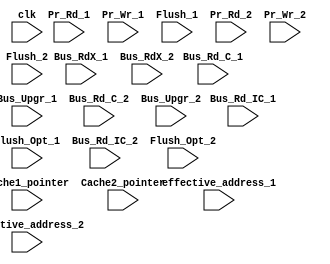
//Here, 2 cores have been considered and hence 2 L1 Caches have defined
module MESI(clk,Pr_Rd_1,Bus_Rd_C_1,Bus_Rd_IC_1,Pr_Wr_1,Bus_RdX_1,Bus_Upgr_1,Flush_1,Flush_Opt_1,Cache1_pointer,Cache2_pointer,effective_address_1,Pr_Rd_2,Bus_Rd_C_2,Bus_Rd_IC_2,Pr_Wr_2,Bus_RdX_2,Bus_Upgr_2,Flush_2,Flush_Opt_2,effective_address_2);   

input clk;  //Clock signal

//Control Signals
input Pr_Rd_1;    //When processor wants to read data
input Bus_Rd_C_1;  //When one Cache wants to read data from another cache
input Bus_Rd_IC_1;  //When processor reads a data that is exclusive to itself--- "E" state
input Pr_Wr_1;    //processor wants to write something onto its' Cache
input Bus_RdX_1;  //When there's a write miss and processor has to fetch the cache address first before writing onto it
input Bus_Upgr_1;  //used to make the other Caches containing the same address "Invalid" while data is being written down by one processor onto its Cache
input Flush_1;     //used to perform Write-Back to the main memory
input Flush_Opt_1;     //I believe Flush and Flush_Opt are the same
input [31:0] effective_address_1; //Effective Address that has been calculated by the Processor 

input Pr_Rd_2;    //When processor wants to read data
input Bus_Rd_C_2;  //When one Cache wants to read data from aother cache
input Bus_Rd_IC_2;  //When processor reads a data that is exclusive to itself--- "E" state
input Pr_Wr_2;    //processor wants to write something onto its' Cache
input Bus_RdX_2;  //When there's a write miss and processor has to fetch the cache address first before writing onto it
input Bus_Upgr_2;  //used to make the other Caches containing the same address "Invalid" while data is being written down by one processor onto its Cache
input Flush_2;     //used to perform Write-Back to the main memory
input Flush_Opt_2;     //I believe Flush and Flush_Opt are the same
input [31:0] effective_address_2; //Effective Address that has been calculated by the Processor 

input [1:0] Cache1_pointer;          //to point to the row of Cache that will be opearted upon
input [1:0] Cache2_pointer;          //to keep count as to how many rows are filled

//Memory resources
reg [31:0] Memory_data [1:32];     //Data stored in Main Memory

reg [31:0] Cache1_data [0:3];      //Data stored in Cache of Processor 1
reg [31:0] Cache1_addr [0:3];      //Address stored in Cache of Processor 1
reg [1:0] Cache1_state [0:3];      //State of the Cache (for a particular address) of Processor 1

reg [31:0] Cache2_data [0:3];      //Data stored in Cache of Processor 2
reg [31:0] Cache2_addr [0:3];      //Address stored in Cache of Processor 2
reg [1:0] Cache2_state [0:3];      //State of the Cache (for a particular address) of Processor 2


//Pipelined Registers for LOAD/STORE Opeartions
reg [31:0] LD1_data;       //Data from Main Memory or Cache is loaded onto this pipelined register (when processor 1 is active) from which it's written back 
reg [31:0] ST1_data;       //Data from this pipelined register (when processor 1 is active) is stored in the Cache with the same efective address 
reg [31:0] LD2_data;       //Data from Main Memory or Cache is loaded onto this pipelined register (when processor 2 is active) from which it's written back 
reg [31:0] ST2_data;       //Data from this pipelined register (when processor 2 is active) is stored in the Cache with the same effective address 


initial 
begin
    Cache1_state[0]=2'b00; Cache1_state[1]=2'b00;  Cache1_state[2]=2'b00;  Cache1_state[3]=2'b00;  
    Cache2_state[0]=2'b00; Cache2_state[1]=2'b00;  Cache2_state[2]=2'b00;  Cache2_state[3]=2'b00; 
    //Pr_Rd=0; Bus_Rd_C=0; Bus_Rd_IC=0; Pr_Wr=0; Bus_RdX=0; Bus_Upgr=0; Flush=0; Flush_Opt=0; 
    ST1_data=15; ST2_data=10;
    //Cache1_pointer=0; Cache2_pointer=0;  
    //effective_address=5;
    Memory_data[5]=8;
end

 //Assuming Processor 1 is the working processor and Processor 2 is the non-working processor
 //***Also, indeces of Cache1_data, Cache1_addr, etc. ate left blank because the address or index will be 
 //***obtained from the Tomasulo when we integrate it with this MESI protocol

always@(posedge clk)
begin
   case(Cache1_state[Cache1_pointer])                       //State Machine for current working processor (assuming working processor is Processor 1)
       2'b00: begin                           //Cache is in the "I" state
                 if(Pr_Rd_1==1 && Bus_Rd_IC_1==1) //If effective address is not found in the Caches of both the processors, then it must be in Memory
                    begin
                       Cache1_data[Cache1_pointer]=Memory_data[effective_address_1];  //Fetch data from Memory and store it in the Cache of working processor
                       Cache1_addr[Cache1_pointer]=effective_address_1;  //Fetch address from Memory and store it in the Cache of working processor
                       LD1_data=Memory_data[effective_address_1];       //Fetch data from Memory and send it to the working processor
                       Cache1_state[Cache1_pointer]=2'b01;         //Change state from "I" to "E"
                    end   
                 else if(Pr_Rd_1==1 && Bus_Rd_C_1==1)    //If effective address is found in the Cache of the other processor and is not in "I" state
                    begin
                       LD1_data=Cache2_data[Cache2_pointer];       //Fetch data from that cache to the current working processor
                       Cache1_data[Cache1_pointer]= Cache2_data[Cache2_pointer]; //Fetch data from that Cache to the Cache of the current working processor
                       Cache1_addr[Cache1_pointer]= effective_address_1;  //Fetch address from that Cache to the Cache of the current working processor
                       Cache1_state[Cache1_pointer]=2'b10;         //Change state from "I" to "S
                    end 
                 else if(Pr_Wr_1==1 && Bus_RdX_1==1)     //If processor wants to write into the Cache but there's a Cache miss
                    begin
                       Cache1_data[Cache1_pointer]=ST1_data;       //Store data into Cache
                       Cache1_addr[Cache1_pointer]=effective_address_1;  //Store effective address into the Cache
                       Cache1_state[Cache1_pointer]=2'b11;              //Change state from "I" to "M"
                    end      
              end 
       2'b01: begin                                //Cache is in state "E"
                 if(Pr_Rd_1==1)             //If the current working processor just wants to read the data that is already present in its Cache 
                    begin
                       LD1_data=Cache1_data[Cache1_pointer];  //Fetch the required data from Cache
                       Cache1_state[Cache1_pointer]=2'b01;    //Cache remains in the same "E" state
                    end
                 else if(Pr_Wr_1==1)             //If the current working processor wants to write something onto its' Cache 
                    begin
                       Cache1_data[Cache1_pointer]=ST1_data;  //Store data from processor onto the Cache
                       Cache1_state[Cache1_pointer]=2'b11;    //Change state from "E" to "M"
                    end
              end 
       2'b10: begin                           //Cache is in state "S"
                 if(Pr_Rd_1==1)           //If the current working processor just wants to read the data that is already present in its Cache 
                    begin
                       LD1_data=Cache1_data[Cache1_pointer];  //Fetch the required data from Cache
                       Cache1_state[Cache1_pointer]=2'b10;    //Cache remains in the same "S" state
                    end 
                 else if(Pr_Wr_1==1 && Bus_Upgr_1==1)  //If the current working processor wants to write something onto its' Cache
                    begin
                       Cache1_data[Cache1_pointer]=ST1_data;   //Store data from processor onto the Cache
                       Cache1_state[Cache1_pointer]=2'b11;     //Change state from "S" to "M"
                    end   
              end  
       2'b11: begin                       //Cache is in state "M"
                 if(Pr_Rd_1==1)             //If the current working processor just wants to read the data that has just been written onto its' Cache
                    begin
                       LD1_data=Cache1_data[Cache1_pointer];    //Fetch the required data from Cache
                       Cache1_state[Cache1_pointer]=2'b11;      //Cache remains in the same "M" state
                    end
                 else if(Pr_Wr_1==1)         //If the current working processor wants to write something onto its' Cache
                    begin
                       Cache1_data[Cache1_pointer]=ST1_data;    //Store data from processor onto the Cache
                       Cache1_state[Cache1_pointer]=2'b11;       //Cache remains in the same "M" state
                    end   
              end                  
   endcase

   case(Cache2_state[Cache2_pointer])           //State Machine for the other Processor
       2'b00: begin               //Cache of the other processor is in the "I" state
                 if(Bus_Rd_IC_1==1)     //If the effective address is not found in both the Caches and data has to be fetched from Memory
                   Cache2_state[Cache2_pointer]=2'b00;  //Cache remains in same "I" state
                 else if(Bus_RdX_1==1)   //If there's a Write miss for working processor
                   Cache2_state[Cache2_pointer]=2'b00;  //Cache remains in same "I" state
                 else if(Bus_Upgr_1==1)   //If there's something being written by the working processor
                   Cache2_state[Cache2_pointer]=2'b00;   //Cache remains in the same "I" state 
              end
       2'b01: begin              //Cache of the other processor is in the "E"
                 if(Bus_RdX_1==1 && Flush_Opt_1==1)  //If there's a write miss for the current working processor, data of the other processor has
                    begin                       // to be written back to the Main Memory before the working processor writes new data onto its' Cache
                       Memory_data[effective_address_1]=Cache2_data[Cache2_pointer];  //Data present in the other processor's cache is being written back
                       Cache2_state[Cache2_pointer]=2'b00;          //And state changes from "E" to "I" as working processor is doing "Write" operation
                    end 
                 else if(Bus_Rd_C_1==1 && Flush_Opt_1==1)  //Cache of working processor fetches data from the cahe of other processor
                    begin
                       Cache1_data[Cache1_pointer]=Cache2_data[Cache2_pointer];  //Fetch data from the other Cache
                       Memory_data[effective_address_1]=Cache2_data[Cache2_pointer];  //Write back to Memory as well
                       Cache2_state[Cache2_pointer]=2'b10;       //Change state from "E" to "S"
                    end   
              end  
       2'b10: begin                      //Cache of the other processor is in the "S" state
                 if(Bus_Rd_C_1==1 && Flush_Opt_1==1)  //Cache of working processor fetches data from the cahe of other processor
                    begin
                       Memory_data[effective_address_1]=Cache2_data[Cache2_pointer]; //Write back takes place
                       Cache2_state[Cache2_pointer]=2'b10;     //Cache remains in the "S" state
                    end
                 else if(Bus_RdX_1==1 && Flush_Opt_1==1)  //write miss encountered by the working processor in its' own Cache
                    begin
                       Memory_data[effective_address_1]=Cache2_data[Cache2_pointer];  //write back before going into "I" state
                       Cache2_state[Cache2_pointer]=2'b00;     //state changes to "I" state
                    end   
                 else if(Bus_Upgr_1==1)     //Working processor wants to write onto its' cache and wants to inavlid other Caches containing same address
                    begin
                       Memory_data[effective_address_1]=Cache2_data[Cache2_pointer];  //Write back happens before going into "I" state
                       Cache2_state[Cache2_pointer]=2'b00;   //Cache of othe rprocessor goes into the "I" state
                    end   
              end    
       2'b11: begin                   //Cache of other processor is in the "M" state
                 if(Bus_Rd_C_1==1 && Flush_1==1)   //working processor now wants to read the data that had been written just now by other processor to its' own cache
                    begin
                       Memory_data[effective_address_1]=Cache2_data[Cache2_pointer]; //wite back to the memory before going into "S" state
                       Cache2_state[Cache2_pointer]=2'b10;   //change of the state of the other cache to "S" cache
                    end
                 else if(Bus_RdX_1==1 && Flush_1==1)  //write miss encountered by the working processor
                    begin
                       Memory_data[effective_address_1]=Cache2_data[Cache2_pointer];  //write back needs to happen before it goes into the "I" state 
                       Cache2_state[Cache2_pointer]=2'b00;   //cache goes into the "I" state
                    end    
              end               
   endcase
   //Pr_Rd<=0; Bus_Rd_C<=0; Bus_Rd_IC<=0; Pr_Wr<=0; Bus_RdX<=0; Bus_Upgr<=0; Flush<=0; Flush_Opt<=0; 

 case(Cache2_state[Cache2_pointer])                       //State Machine for current working processor (assuming working processor is Processor 1)
       2'b00: begin                           //Cache is in the "I" state
                 if(Pr_Rd_2==1 && Bus_Rd_IC_2==1) //If effective address is not found in the Caches of both the processors, then it must be in Memory
                    begin
                       Cache2_data[Cache2_pointer]=Memory_data[effective_address_2];  //Fetch data from Memory and store it in the Cache of working processor
                       Cache2_addr[Cache2_pointer]=effective_address_2;  //Fetch address from Memory and store it in the Cache of working processor
                       LD2_data=Memory_data[effective_address_2];       //Fetch data from Memory and send it to the working processor
                       Cache2_state[Cache2_pointer]=2'b01;         //Change state from "I" to "E"
                    end   
                 else if(Pr_Rd_2==1 && Bus_Rd_C_2==1)    //If effective address is found in the Cache of the other processor and is not in "I" state
                    begin
                       LD2_data=Cache1_data[Cache1_pointer];       //Fetch data from that cache to the current working processor
                       Cache2_data[Cache2_pointer]= Cache1_data[Cache1_pointer]; //Fetch data from that Cache to the Cache of the current working processor
                       Cache2_addr[Cache2_pointer]= effective_address_2;  //Fetch address from that Cache to the Cache of the current working processor
                       Cache2_state[Cache2_pointer]=2'b10;         //Change state from "I" to "S
                    end 
                 else if(Pr_Wr_2==1 && Bus_RdX_2==1)     //If processor wants to write into the Cache but there's a Cache miss
                    begin
                       Cache2_data[Cache2_pointer]=ST2_data;       //Store data into Cache
                       Cache2_addr[Cache2_pointer]=effective_address_2;  //Store effective address into the Cache
                       Cache2_state[Cache2_pointer]=2'b11;              //Change state from "I" to "M"
                    end      
              end 
       2'b01: begin                                //Cache is in state "E"
                 if(Pr_Rd_2==1)             //If the current working processor just wants to read the data that is already present in its Cache 
                    begin
                       LD2_data=Cache2_data[Cache2_pointer];  //Fetch the required data from Cache
                       Cache2_state[Cache2_pointer]=2'b01;    //Cache remains in the same "E" state
                    end
                 else if(Pr_Wr_2==1)             //If the current working processor wants to write something onto its' Cache 
                    begin
                       Cache2_data[Cache2_pointer]=ST2_data;  //Store data from processor onto the Cache
                       Cache2_state[Cache2_pointer]=2'b11;    //Change state from "E" to "M"
                    end
              end 
       2'b10: begin                           //Cache is in state "S"
                 if(Pr_Rd_2==1)           //If the current working processor just wants to read the data that is already present in its Cache 
                    begin
                       LD2_data=Cache2_data[Cache2_pointer];  //Fetch the required data from Cache
                       Cache2_state[Cache2_pointer]=2'b10;    //Cache remains in the same "S" state
                    end 
                 else if(Pr_Wr_2==1 && Bus_Upgr_2==1)  //If the current working processor wants to write something onto its' Cache
                    begin
                       Cache2_data[Cache2_pointer]=ST2_data;   //Store data from processor onto the Cache
                       Cache2_state[Cache2_pointer]=2'b11;     //Change state from "S" to "M"
                    end   
              end  
       2'b11: begin                       //Cache is in state "M"
                 if(Pr_Rd_2==1)             //If the current working processor just wants to read the data that has just been written onto its' Cache
                    begin
                       LD2_data=Cache2_data[Cache2_pointer];    //Fetch the required data from Cache
                       Cache2_state[Cache2_pointer]=2'b11;      //Cache remains in the same "M" state
                    end
                 else if(Pr_Wr_2==1)         //If the current working processor wants to write something onto its' Cache
                    begin
                       Cache2_data[Cache2_pointer]=ST2_data;    //Store data from processor onto the Cache
                       Cache2_state[Cache2_pointer]=2'b11;       //Cache remains in the same "M" state
                    end   
              end                  
   endcase

   case(Cache1_state[Cache1_pointer])           //State Machine for the other Processor
       2'b00: begin               //Cache of the other processor is in the "I" state
                 if(Bus_Rd_IC_2==1)     //If the effective address is not found in both the Caches and data has to be fetched from Memory
                   Cache1_state[Cache1_pointer]=2'b00;  //Cache remains in same "I" state
                 else if(Bus_RdX_2==1)   //If there's a Write miss for working processor
                   Cache1_state[Cache1_pointer]=2'b00;  //Cache remains in same "I" state
                 else if(Bus_Upgr_2==1)   //If there's something being written by the working processor
                   Cache1_state[Cache1_pointer]=2'b00;   //Cache remains in the same "I" state 
              end
       2'b01: begin              //Cache of the other processor is in the "E"
                 if(Bus_RdX_2==1 && Flush_Opt_2==1)  //If there's a write miss for the current working processor, data of the other processor has
                    begin                       // to be written back to the Main Memory before the working processor writes new data onto its' Cache
                       Memory_data[effective_address_2]=Cache1_data[Cache1_pointer];  //Data present in the other processor's cache is being written back
                       Cache1_state[Cache1_pointer]=2'b00;          //And state changes from "E" to "I" as working processor is doing "Write" operation
                    end 
                 else if(Bus_Rd_C_2==1 && Flush_Opt_2==1)  //Cache of working processor fetches data from the cahe of other processor
                    begin
                       Cache2_data[Cache2_pointer]=Cache1_data[Cache1_pointer];  //Fetch data from the other Cache
                       Memory_data[effective_address_2]=Cache1_data[Cache1_pointer];  //Write back to Memory as well
                       Cache1_state[Cache1_pointer]=2'b10;       //Change state from "E" to "S"
                    end   
              end  
       2'b10: begin                      //Cache of the other processor is in the "S" state
                 if(Bus_Rd_C_2==1 && Flush_Opt_2==1)  //Cache of working processor fetches data from the cahe of other processor
                    begin
                       Memory_data[effective_address_2]=Cache1_data[Cache1_pointer]; //Write back takes place
                       Cache1_state[Cache1_pointer]=2'b10;     //Cache remains in the "S" state
                    end
                 else if(Bus_RdX_2==1 && Flush_Opt_2==1)  //write miss encountered by the working processor in its' own Cache
                    begin
                       Memory_data[effective_address_2]=Cache1_data[Cache1_pointer];  //write back before going into "I" state
                       Cache1_state[Cache1_pointer]=2'b00;     //state changes to "I" state
                    end   
                 else if(Bus_Upgr_2==1)     //Working processor wants to write onto its' cache and wants to inavlid other Caches containing same address
                    begin
                       Memory_data[effective_address_2]=Cache1_data[Cache1_pointer];  //Write back happens before going into "I" state
                       Cache1_state[Cache1_pointer]=2'b00;   //Cache of othe rprocessor goes into the "I" state
                    end   
              end    
       2'b11: begin                   //Cache of other processor is in the "M" state
                 if(Bus_Rd_C_2==1 && Flush_2==1)   //working processor now wants to read the data that had been written just now by other processor to its' own cache
                    begin
                       Memory_data[effective_address_2]=Cache1_data[Cache1_pointer]; //wite back to the memory before going into "S" state
                       Cache1_state[Cache1_pointer]=2'b10;   //change of the state of the other cache to "S" cache
                    end
                 else if(Bus_RdX_2==1 && Flush_2==1)  //write miss encountered by the working processor
                    begin
                       Memory_data[effective_address_2]=Cache1_data[Cache1_pointer];  //write back needs to happen before it goes into the "I" state 
                       Cache1_state[Cache1_pointer]=2'b00;   //cache goes into the "I" state
                    end    
              end               
   endcase

end

endmodule